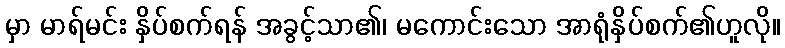
မှာ မာရ်မင်း နှိပ်စက်ရန် အခွင့်သာ၏၊ မကောင်းသော အာရုံနှိပ်စက်၏ဟူလို။